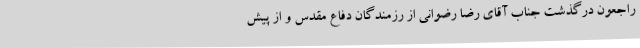
راجعون درگذشت جناب آقای رضا رضوانی از رزمندگان دفاع مقدس و از پیش